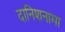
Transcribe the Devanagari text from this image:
दानिशनामा